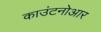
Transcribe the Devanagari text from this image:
काउंटनोआर